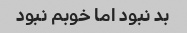
بد نبود اما خوبم نبود